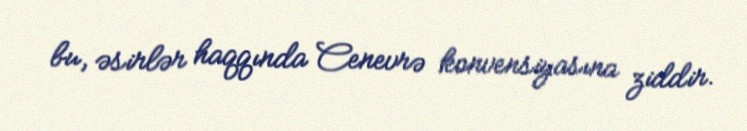
bu, əsirlər haqqında Cenevrə konvensiyasına ziddir.